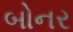
બોનર